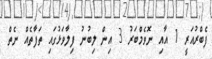
ފެބްރުއަރީ 1 އާއި ނޮވެމްބަރު 3 އިން ލިބުނު ފިލާވަޅުގައި ތަފާތެއް ނެތް